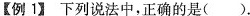
【例1】下列说法中，正确的是( )。